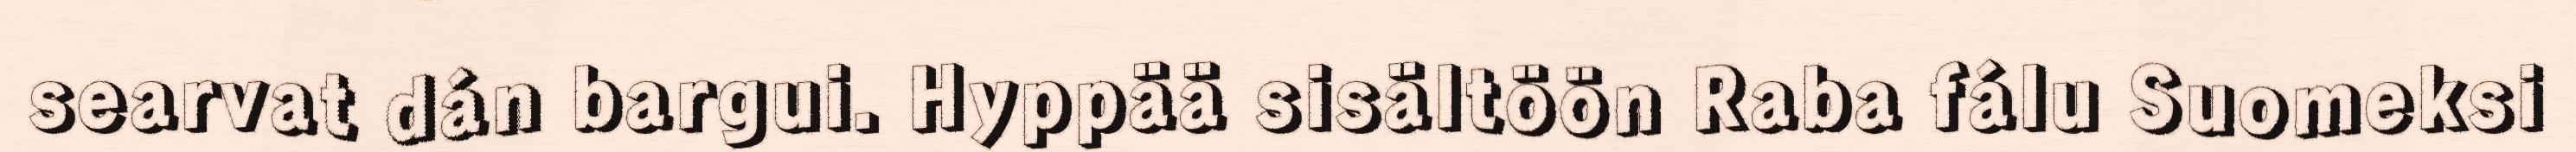
searvat dán bargui. Hyppää sisältöön Raba fálu Suomeksi